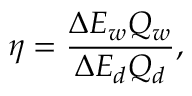
\eta = \frac { \Delta E _ { w } Q _ { w } } { \Delta E _ { d } Q _ { d } } ,